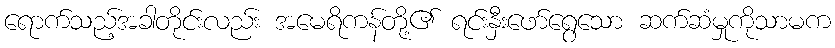
ရောက်သည့်အခါတိုင်းလည်း အမေရိကန်တို့၏ ရင်းနှီးဖော်ရွေသော ဆက်ဆံမှုကိုသာမက